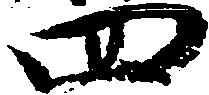
四